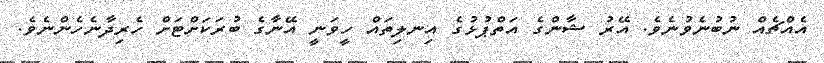
އެއްޗެއް ނުބުނެވުނެވެ. އޭރު ޝާންގެ އަތްޕުޅުގެ އިނލިތައް ހީވަނީ އޭނާގެ ބުރަކަށްޓަށް ހެރިދާނެހެންނެވެ.